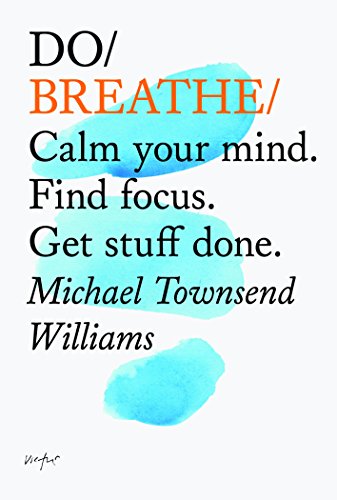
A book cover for Do Breathe: Calm Your Mind. Find focus. Get stuff done. (Do Books); Michael Townsend Williams; Health, Fitness & Dieting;